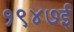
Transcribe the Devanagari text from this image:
१९४७ई